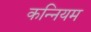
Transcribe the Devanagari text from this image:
कन्नियम